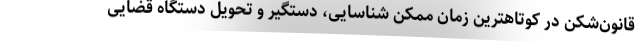
قانون‌شکن در کوتاهترین زمان ممکن شناسایی، دستگیر و تحویل دستگاه قضایی